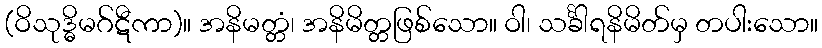
(ဝိသုဒ္ဓိမဂ်ဋီကာ)။ အနိမတ္တံ၊ အနိမိတ္တဖြစ်သော။ ဝါ၊ သင်္ခါရနိမိတ်မှ တပါးသော။